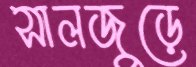
সালজুড়ে